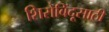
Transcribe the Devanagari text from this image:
शिरोबिंदूसाठी